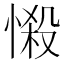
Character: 𢟌